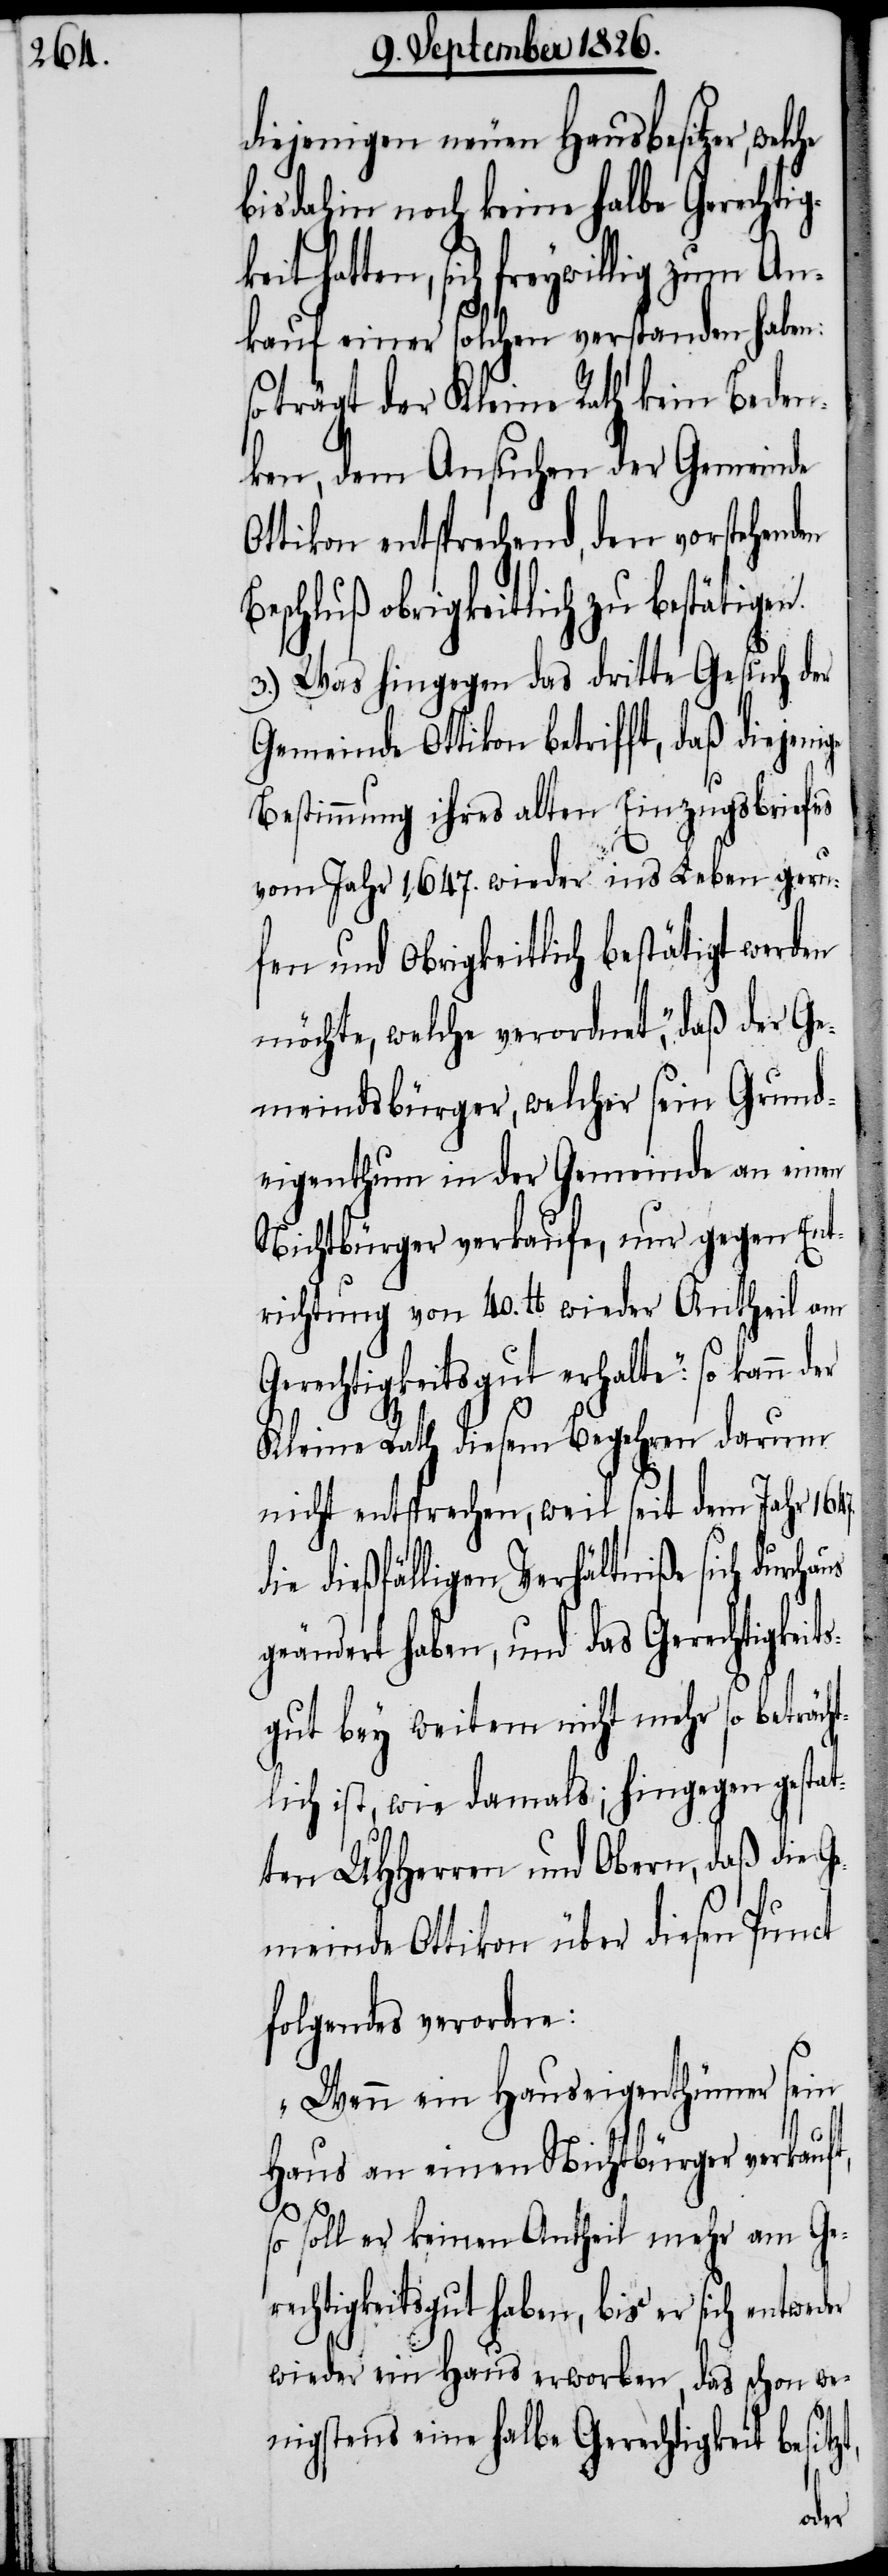
diejenigen neuen Hausbesitzer, wel¬
bis dahin noch keine halbe Gerechtig¬
hatten, sich freywillig zum An¬
kauf einer solchen verstanden haben:
trägt der Kleine Rath kein Beden¬
ken, dem Ansuchen der Gemeinde
Ottikon entsprechend, den vorstehenden
Beschluß obrigkeitlich zu besättige¬
3.) Was hingegen das dritte Gesuch der
Gemeinde Ottikon betrifft, daß diejen¬
Bestimmung ihres alten Einzugsbriefes
vom Jahr 1647. wieder ins Leben geru¬
fen und Obrigkeitlich bestätigt werden
möchte, welche verordnet , „daß der Ge¬
meindsbürger, welcher sein Grund¬
eigenthum in der Gemeinde an einen
Nichtbürger verkaufe, nur gegen Ent¬
richtung von 40. lb. wieder Antheil am
Gerechtigkeitsgut erhalte“: so kann
Kleine Rath diesem Begehren darum
nicht entsprechen, weil seit dem Jahr 1647.
dießfälligen Verhältniße sich durcha¬
geändert haben, und das Gerechtigkeit¬
sgut bey weitem nicht mehr so beträc¬
lich ist, wie damals; hingegen gest¬
ten MHHerren und Obern, daß die G¬
emeinde Ottikon über diesen Punct
folgendes verordne:
„Wenn ein Hauseigenthümer sein
Haus an einen Nichtbürger verkauf¬
so soll er keinen Antheil mehr am Ge¬
rechtigkeitsgut haben, bis er sich entweder
wieder ein Haus erworben, das schon we¬
nigstens eine halbe Gerechtigkeit besit¬
zt,